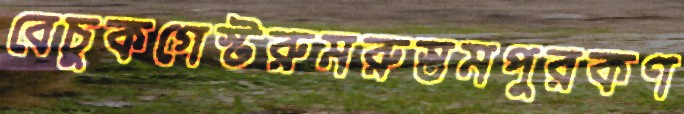
বেচুকগেস্টরুমরুস্তমপুরকণ